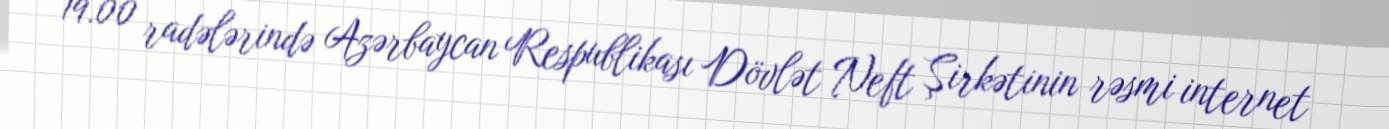
19.00 radələrində Azərbaycan Respublikası Dövlət Neft Şirkətinin rəsmi internet